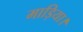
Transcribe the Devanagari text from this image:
माड़िया।